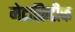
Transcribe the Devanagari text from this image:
मेटाक्रिटीक